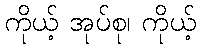
ကိုယ့် အုပ်စု၊ ကိုယ့်